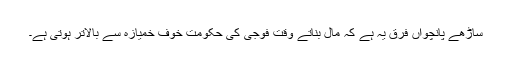
ساڑھے پانچواں فرق یہ ہے کہ مال بناتے وقت فوجی کی حکومت خوف خمیازہ سے بالاتر ہوتی ہے۔